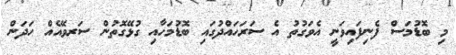
މި ބޮޑުމަސް ފެނިފައިވަނީ އެވަގުތު އެ ސަރަހައްދުގައި ބޮޑުމަހާއި ގުޅޭގޮތުން ސަރވޭއެއް ހަދަން